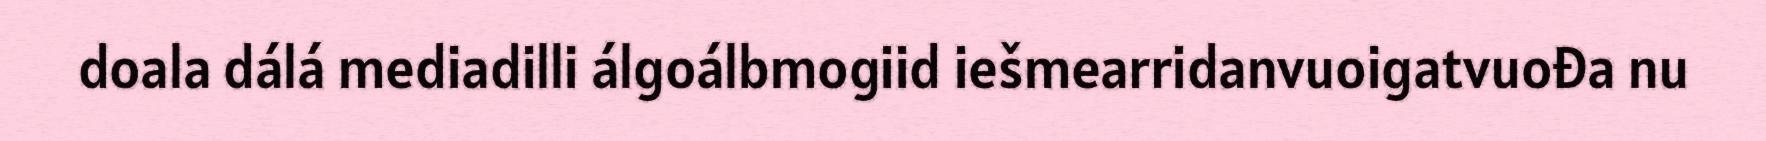
doala dálá mediadilli álgoálbmogiid iešmearridanvuoigatvuođa nu